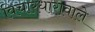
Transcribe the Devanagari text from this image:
विचारधारावाले